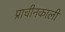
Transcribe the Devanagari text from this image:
प्राचीनकाली